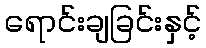
ရောင်းချခြင်းနှင့်